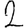
Digit: 2